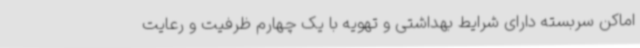
اماکن سربسته دارای شرایط بهداشتی و تهویه با یک چهارم ظرفیت و رعایت